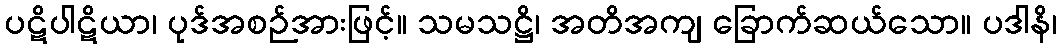
ပဋိပါဋိယာ၊ ပုဒ်အစဉ်အားဖြင့်။ သမသဋ္ဌိ၊ အတိအကျ ခြောက်ဆယ်သော။ ပဒါနိ၊